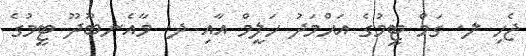
ޖެހި ލ. ގަމް ޓީމުގެ އަޙްމަދު ހަލީމް އާއި ދ. މާއެނބޫދޫ ޓީމުގެ